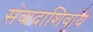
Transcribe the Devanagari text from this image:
संवादाशिवाय